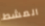
المشط